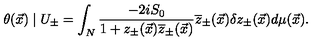
\theta ( \vec { x } ) \mid U _ { \pm } = \int _ { N } \frac { - 2 i S _ { 0 } } { 1 + z _ { \pm } ( \vec { x } ) \overline { { z } } _ { \pm } ( \vec { x } ) } \overline { { z } } _ { \pm } ( \vec { x } ) \delta z _ { \pm } ( \vec { x } ) d \mu ( \vec { x } ) .